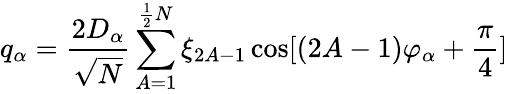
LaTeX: q_{\alpha}=\frac{2D_{\alpha}}{\sqrt{N}}\sum_{A=1}^{\frac{1}{2}N}\xi_{2A-1}\cos[(2A-1)\varphi_{\alpha}+\frac{\pi}{4}]